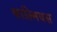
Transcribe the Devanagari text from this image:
काल्मियस